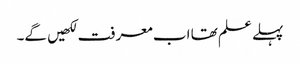
پہلے علم تھا اب معرفت لکھیں گے۔